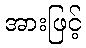
အားဖြင့်